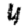
Digit: 4